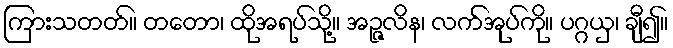
ကြားသတတ်။ တတော၊ ထိုအရပ်သို့။ အဉ္ဇလိန၊ လက်အုပ်ကို။ ပဂ္ဂယှ၊ ချီ၍။